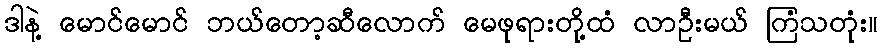
ဒါနဲ့ မောင်မောင် ဘယ်တော့ဆီလောက် မေဖုရားတို့ထံ လာဦးမယ် ကြံသတုံး။